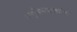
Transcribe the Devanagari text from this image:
अणूविभाजनावरील